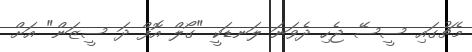
މެޗުގައި ސީސޭ ޖެހި ދެވަނަ ލަނޑަކީ "ގޯލް އޮފް ދަ ސީޒަން" އަށް